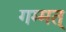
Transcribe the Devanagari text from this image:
गम्मत्